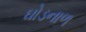
ઘોડનાળ